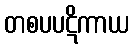
တစပပဋိကာယ